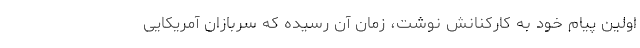
اولین پیام خود به کارکنانش نوشت، زمان آن رسیده که سربازان آمریکایی